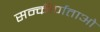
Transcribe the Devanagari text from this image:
सन्कीर्णताओ